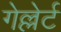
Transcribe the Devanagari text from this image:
गेल्लेर्ट